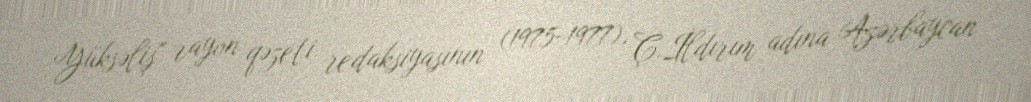
Yüksəliş" rayon qəzeti redaksiyasının (1975-1977), Ç.İldırım adına Azərbaycan